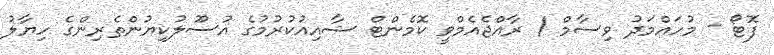
ފޮޓޯ - މުހައްމަދު ވިސާމް / ރާއްޖެއެމްވީ ކޮމެންޓް ޝާއިއުކުރުމުގެ އުސޫލުކިޔުންތެރިންގެ ހިޔާލު